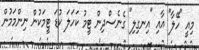
މިއީ "ހޭލާ" އާއި "އިނގިލި" ގެނެސްދިން ޓީމު ކަހަލަ ކުޑަ ޓީމަކުން ނިންމަމުން